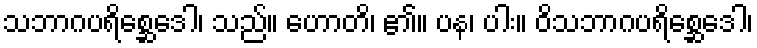
သဘာဂပရိစ္ဆေဒေါ၊ သည်။ ဟောတိ၊ ၏။ ပန၊ ပါး။ ဝိသဘာဂပရိစ္ဆေဒေါ၊